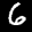
Label: 6